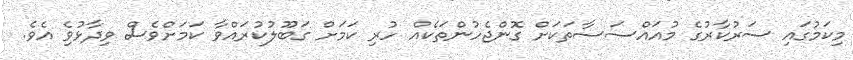
މިކަމުގައި ސަރުކާރުގެ މުއައްސަސާތަކަށް ގޮންޖެހުންތަކެއް ހުރި ކަމަށް ގަބޫލުކުރައްވާ ކަމަށްވެސް ވިދާޅުވިެ އެވެ.